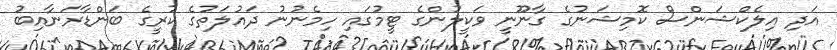
އަދި އިލެކްޝަންސް ކޮމިޝަނުގެ ގާނޫނީ ވަކީލުންގެ ޓީމުގައި ހިމެނުނު ދައުލަތުގެ ކުރީގެ ބަންޑާރަނާއިބު